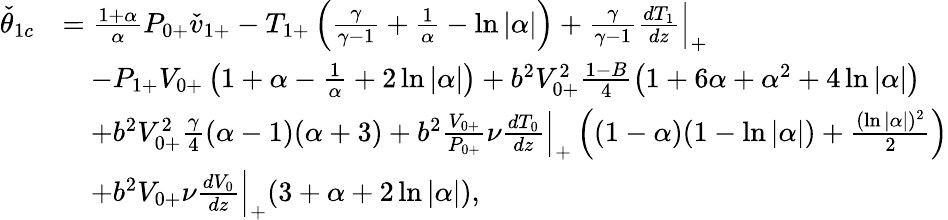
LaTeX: \begin{array}{rl}{\check{\theta}_{1c}}&{=\frac{1+\alpha}{\alpha}P_{0+}\check{v}_{1+}-{T}_{1+}\left(\frac{\gamma}{\gamma-1}+\frac{1}{\alpha}-\ln{|\alpha|}\right)+\frac{\gamma}{\gamma-1}\frac{dT_{1}}{dz}\Big|_{+}}\\ &{\quad-P_{1+}V_{0+}\left(1+\alpha-\frac{1}{\alpha}+2\ln{|\alpha|}\right)+b^{2}{V}_{0+}^{2}\frac{1-B}{4}\left(1+6\alpha+\alpha^{2}+4\ln{|\alpha|}\right)}\\ &{\quad+b^{2}{V}_{0+}^{2}\frac{\gamma}{4}(\alpha-1)(\alpha+3)+b^{2}\frac{V_{0+}}{P_{0+}}\nu\frac{dT_{0}}{dz}\Big|_{+}\left((1-\alpha)(1-\ln{|\alpha|})+\frac{(\ln{|\alpha|})^{2}}{2}\right)}\\ &{\quad+b^{2}V_{0+}\nu\frac{dV_{0}}{dz}\Big|_{+}(3+\alpha+2\ln{|\alpha|}),}\end{array}